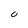
Character: 0